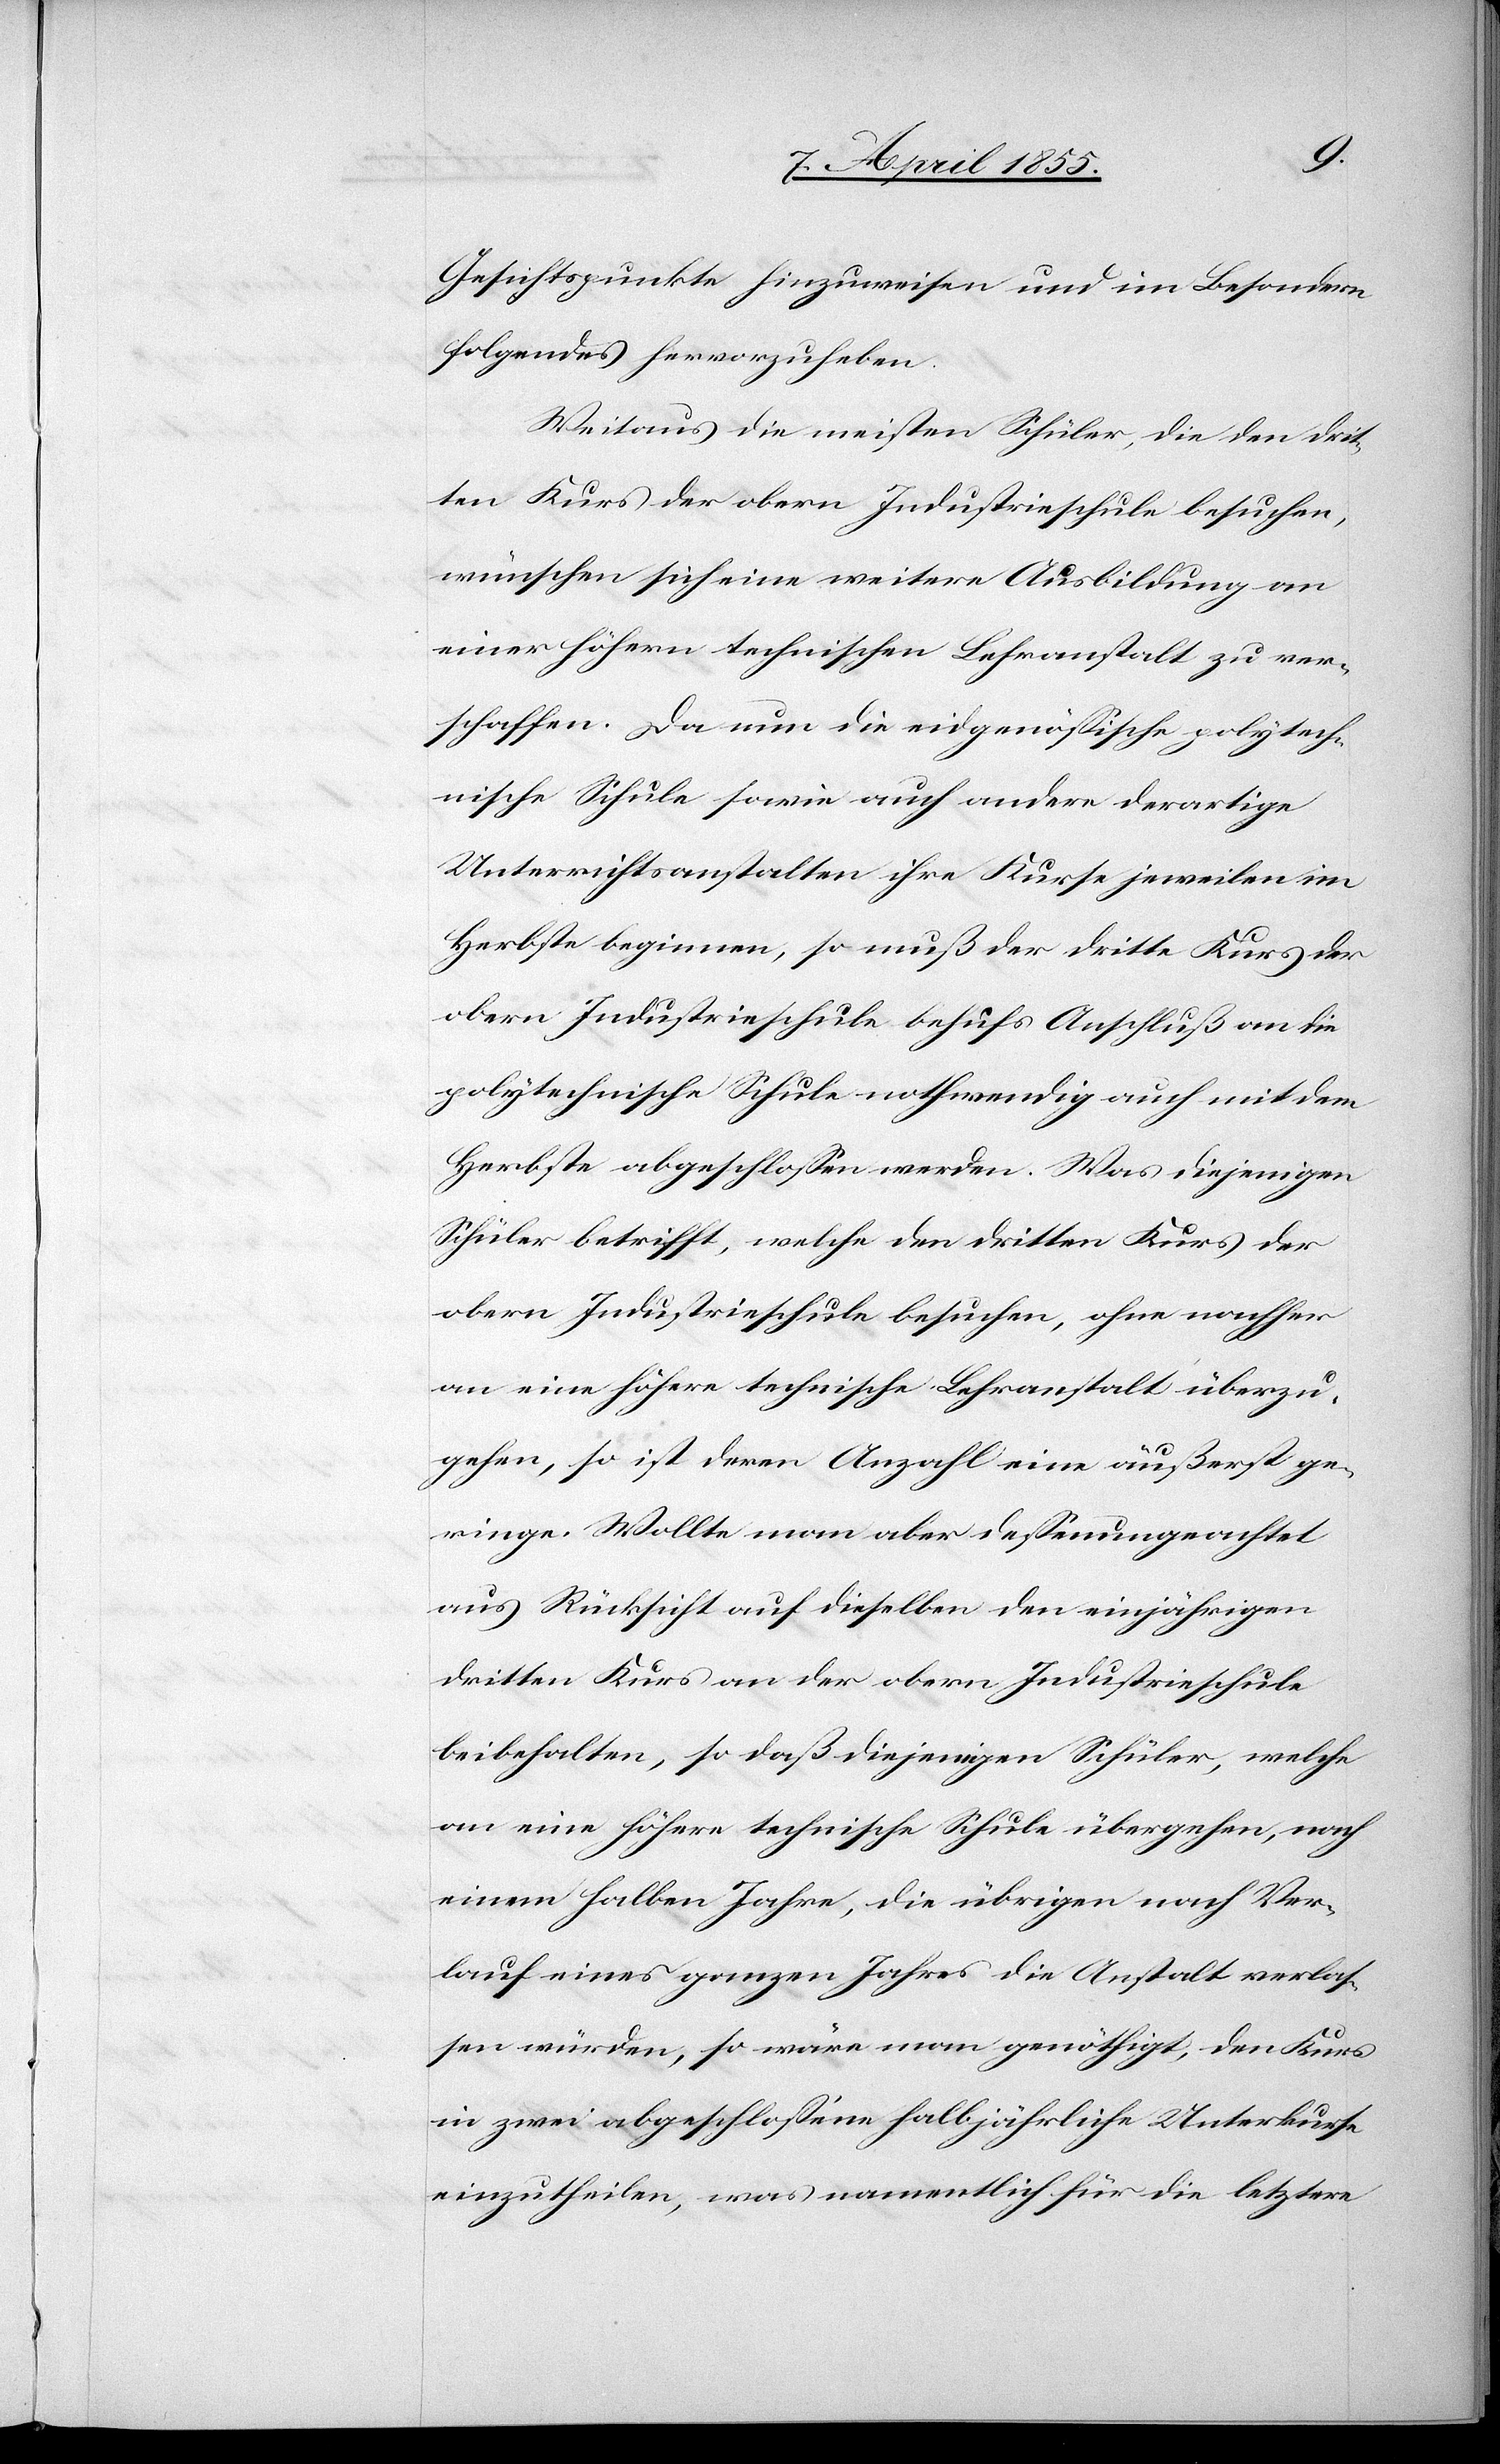
Gesichtspunkte hinzuweisen und im Besondern
folgendes hervorzuheben
Weitaus die meisten Schüler, die den drit¬
ten Kurs der obern Industrieschule besuchen,
wünschen sich eine weitere Ausbildung an
einer höhern technischen Lehranstalt zu ver¬
schaffen. Da nun die eidgenössische polytech¬
nische Schule sowie auch andere derartige
Unterrichtsanstalten ihre Kurse jeweilen im
Herbste beginnen, so muß der dritte Kurs der
obern Industrieschule behufs Anschluß an die
polytechnische Schule nothwendig auch mit dem
Herbste abgeschlossen werden. Was diejenigen
Schüler betrifft, welche den dritten Kurs der
obern Industrieschule besuchen, ohne nachher
an eine höhere technische Lehranstalt überzu¬
gehen, so ist deren Anzahl eine äußerst ge¬
ringe. Wollte man aber dessenungeachtet
aus Rücksicht auf dieselben den einjährigen
dritten Kurs an der obern Industrieschule
beibehalten, so daß diejenigen Schüler, welche
an eine höhere technische Schule übergehen, nach
einem halben Jahre, die übrigen nach Ver¬
lauf eines ganzen Jahres die Anstalt verlas¬
sen würden, so wäre man genöthigt, den Kurs
in zwei abgeschlossene halbjährliche Unterkurse
einzutheilen, was namentlich für die letztere